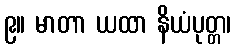
၉။ မာတာ ယထာ နိယံပုတ္တ၊